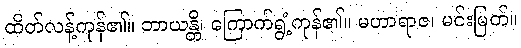
ထိတ်လန့်ကုန်၏။ ဘာယန္တိ၊ ကြောက်ရွံ့ကုန်၏။ မဟာရာဇ၊ မင်းမြတ်။